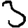
Digit: 3